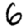
Digit: 6